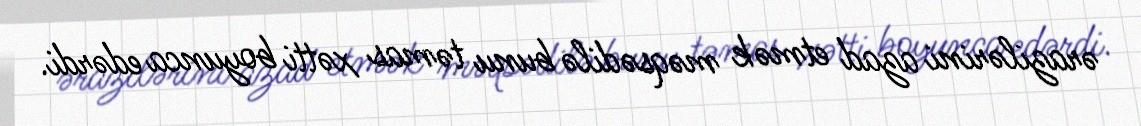
ərazilərini azad etmək məqsədilə bunu təmas xətti boyunca edərdi.